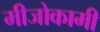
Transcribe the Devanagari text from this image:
मीजोकामी